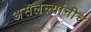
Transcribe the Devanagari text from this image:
असलेल्यांनीच